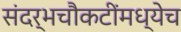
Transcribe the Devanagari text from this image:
संदर्भचौकटींमध्येच